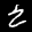
Label: 2